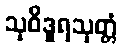
သုဝိဒူရသုတ္တံ